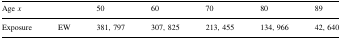
<table><thead><tr><td><b>Age <i>x</i></b></td><td>[EMPTY_CELL]</td><td><b>50</b></td><td><b>60</b></td><td><b>70</b></td><td><b>80</b></td><td><b>89</b></td></tr></thead><tbody><tr><td>Exposure</td><td>EW</td><td>381, 797</td><td>307, 825</td><td>213, 455</td><td>134, 966</td><td>42, 640</td></tr></tbody></table>